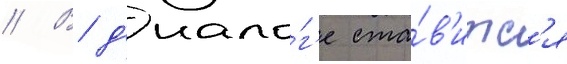
// В д'иало́г'е ста́в'итс'я